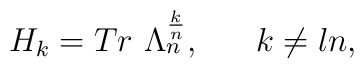
H_{k} = Tr {~} \Lambda_{n}^{\frac{k}{n}}, {~}{~~~~} k \neq ln,